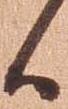
候